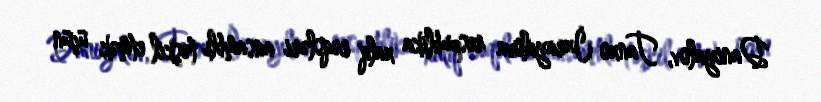
Daniyalov, Tanxo İzrayılova respublika xalq rəqsləri ansamblı təşkil etmək üçün